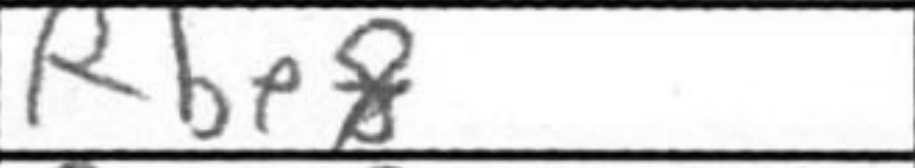
Transcription: Rbe8